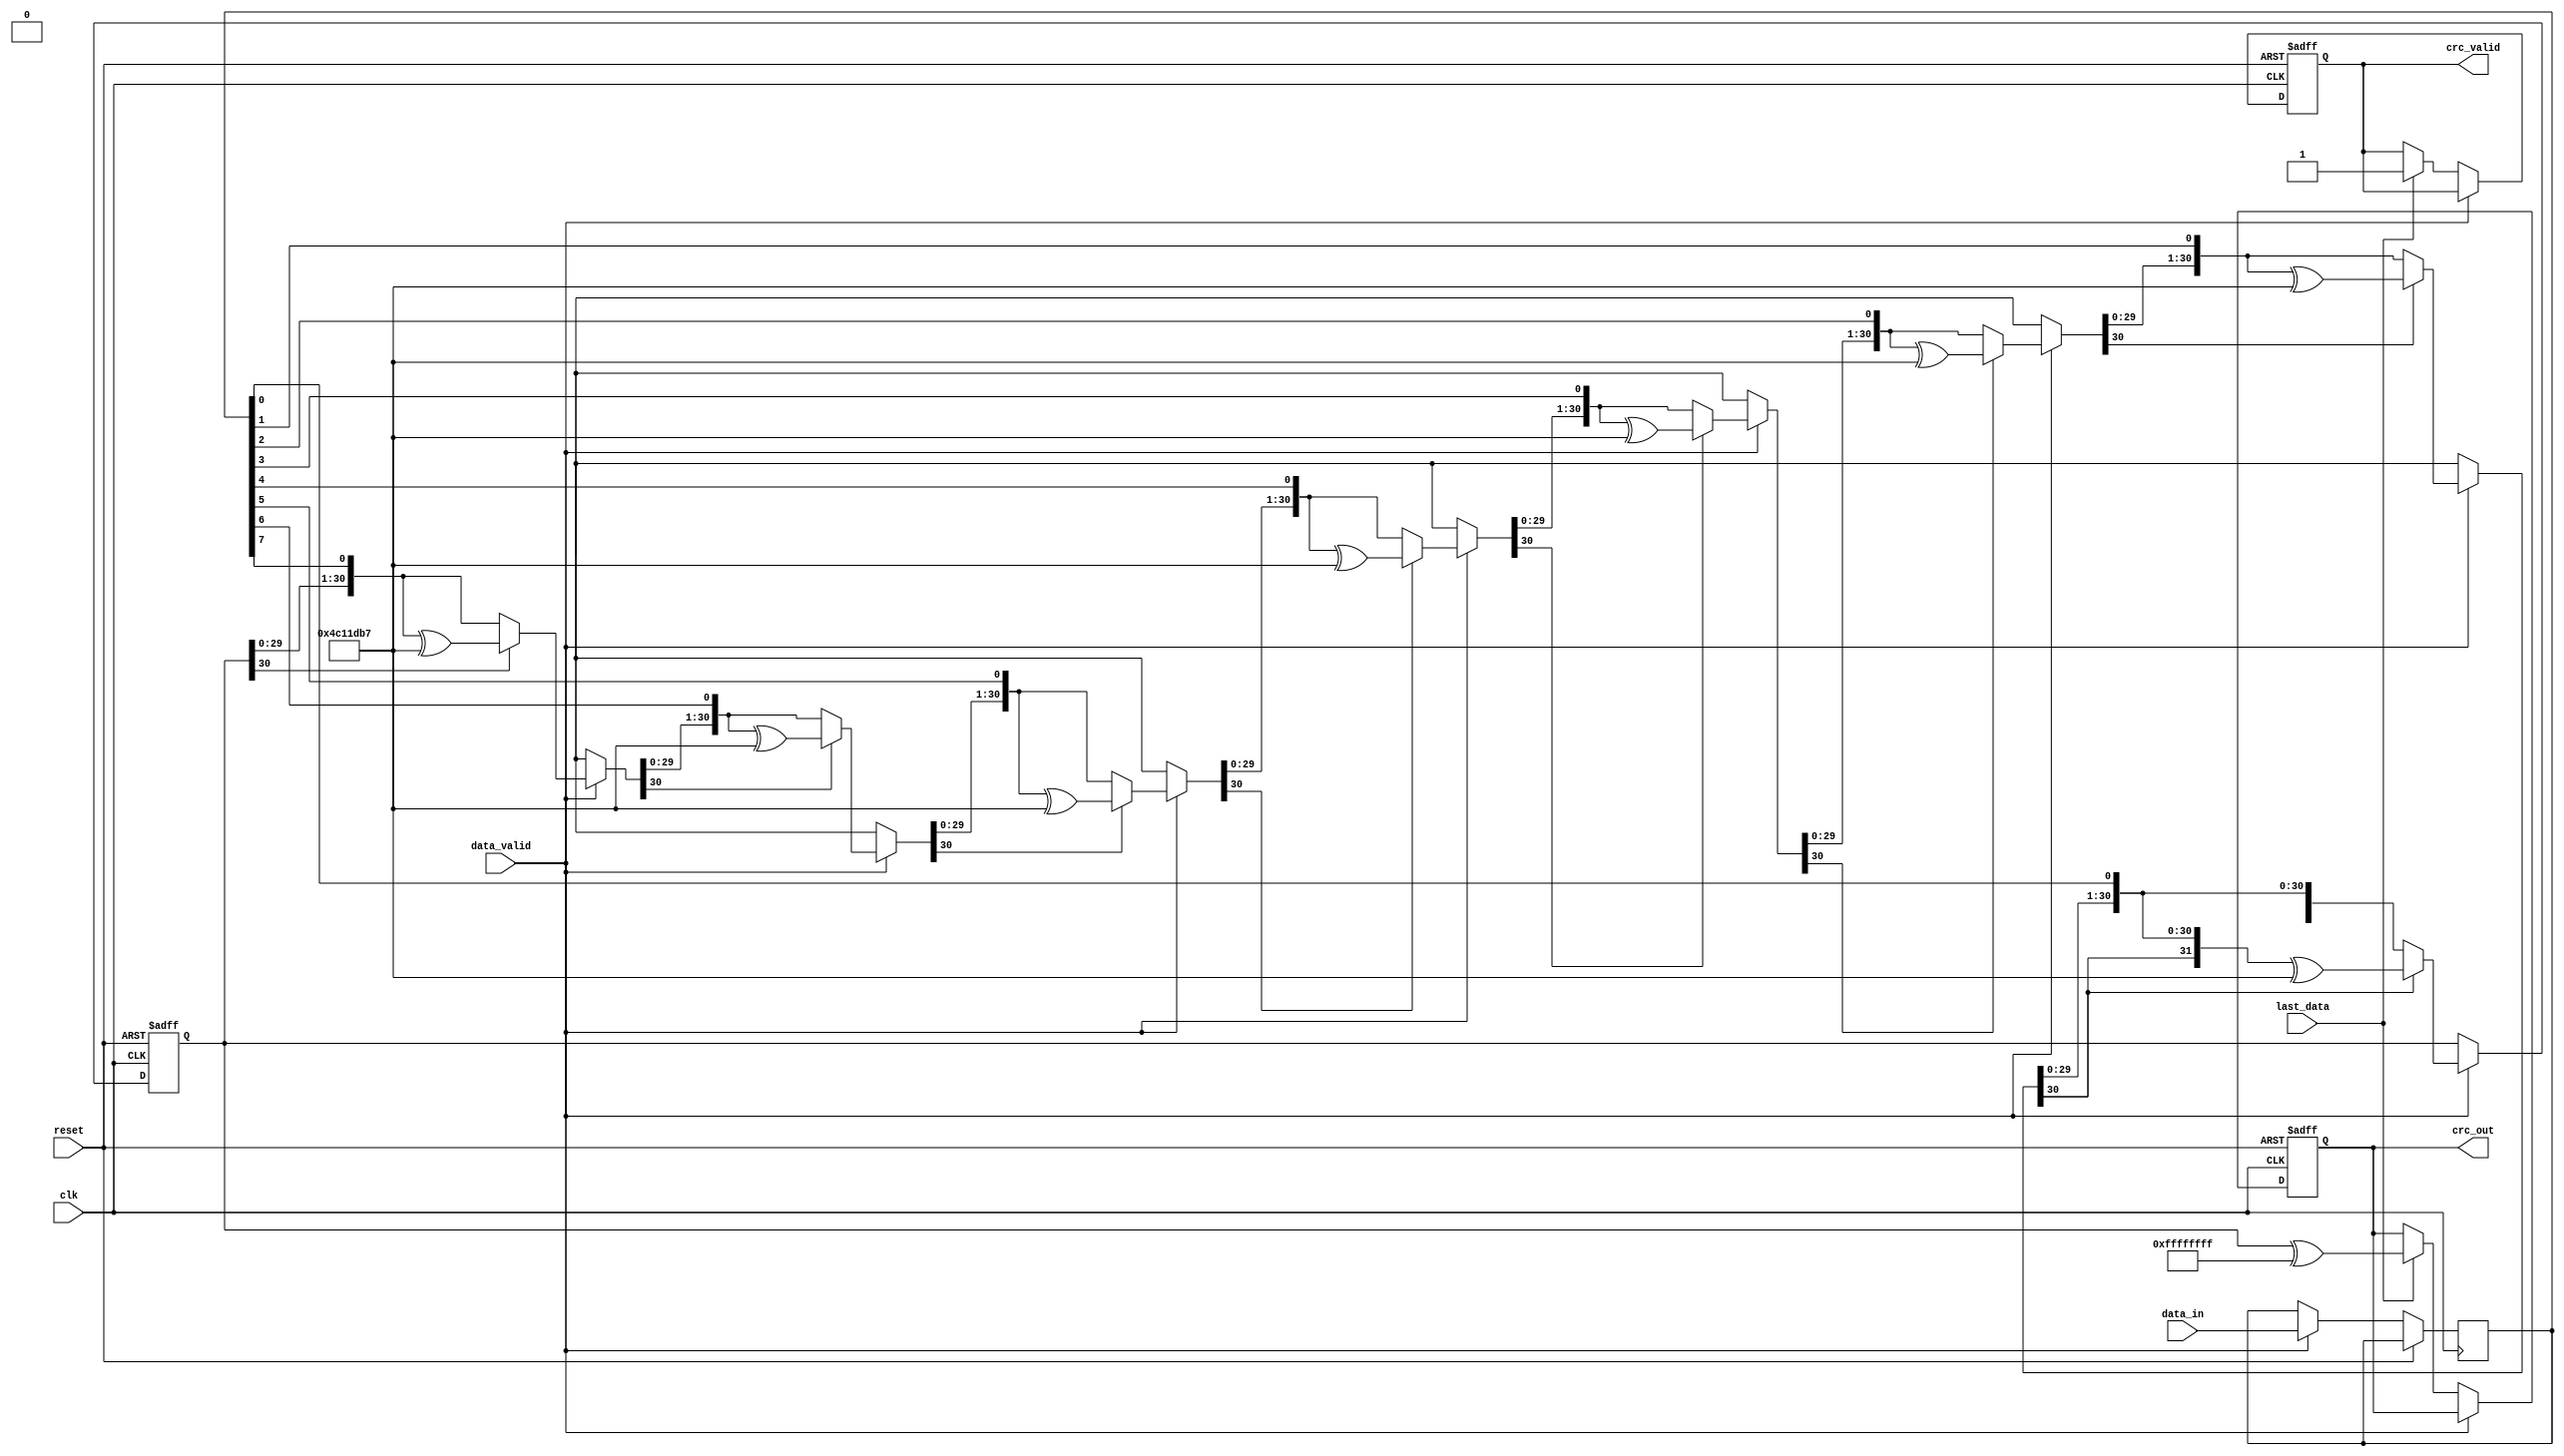
module parameterized_crc #(
    parameter CRC_WIDTH = 32,         // Width of the CRC output
    parameter POLY = 32'h04c11db7,    // Polynomial used for CRC calculation
    parameter INIT_VALUE = 32'hFFFFFFFF, // Initial value of the CRC register
    parameter REFLECT_INPUT = 1'b0,    // Reflect input data
    parameter REFLECT_OUTPUT = 1'b0,   // Reflect output CRC
    parameter FINAL_XOR_VALUE = 32'hFFFFFFFF // Final XOR value
)(
    input wire clk,                    // Clock signal
    input wire reset,                  // Asynchronous reset signal
    input wire [7:0] data_in,          // Data input stream
    input wire data_valid,              // Signal indicating valid data
    input wire last_data,               // Signal for last piece of data
    output reg [CRC_WIDTH-1:0] crc_out, // Computed CRC value
    output reg crc_valid                // Signal indicating CRC output valid
);

    reg [CRC_WIDTH-1:0] crc_reg;       // Current CRC register
    reg [7:0] data_shift;               // Temporary data for shifting
    integer bit_counter;                // Counter for bits processed

    // Function to reflect bits
    function [7:0] reflect;
        input [7:0] data;
        begin
            reflect = {data[0], data[1], data[2], data[3], data[4], data[5], data[6], data[7]};
        end
    endfunction

    // CRC computation process
    always @(posedge clk or posedge reset) begin
        if (reset) begin
            crc_reg <= INIT_VALUE;     // Initialize CRC register
            crc_out <= {CRC_WIDTH{1'b0}}; // Clear output
            crc_valid <= 1'b0;         // Invalid CRC output
            bit_counter <= 0;          // Reset bit counter
        end else if (data_valid) begin
            // Reflect input if required
            data_shift <= REFLECT_INPUT ? reflect(data_in) : data_in;
            for (bit_counter = 0; bit_counter < 8; bit_counter = bit_counter + 1) begin
                crc_reg = {crc_reg[CRC_WIDTH-2:0], data_shift[7-bit_counter]}; // Shift in new bit

                // Check and XOR with polynomial if MSB is set
                if (crc_reg[CRC_WIDTH-1]) begin
                    crc_reg = crc_reg ^ POLY;
                end
            end
        end else if (last_data) begin
            // Finalization step
            if (REFLECT_OUTPUT) begin
                crc_out <= reflect(crc_reg) ^ FINAL_XOR_VALUE;
            end else begin
                crc_out <= crc_reg ^ FINAL_XOR_VALUE;
            end
            crc_valid <= 1'b1;            // Mark CRC as valid
        end
    end
endmodule